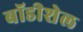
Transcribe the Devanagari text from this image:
बॉडीशेल